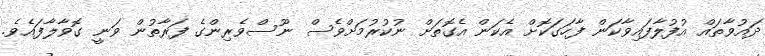
ދައުވާތައް އުފުލާފައިވާކަން ފާހަގަކޮށް އެކަން އެގޮތަށް ނުކުރުމަށްވެސް ނޫސްވެރިންގެ ފަރާތުން ވަނީ ގޮވާލާފައެވެ.